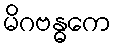
မိဂဗန္ဓကေ